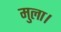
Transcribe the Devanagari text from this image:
मुला।